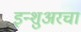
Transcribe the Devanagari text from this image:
इन्‍शुअरचा